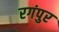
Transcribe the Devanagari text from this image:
रगंपुर